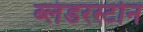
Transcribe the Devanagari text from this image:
ब्लंडरस्टोन